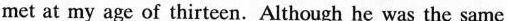
met at my age of thirteen. Although he was the same